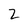
Character: 2